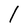
Character: l